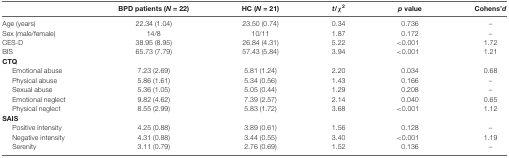
<table><thead><tr><td></td><td><b>BPD patients (<i>N</i> = 22)</b></td><td><b>HC (<i>N</i> = 21)</b></td><td><b><i>t/χ</i><sup>2</sup></b></td><td><b><i>p</i> value</b></td><td><b>Cohens’<i>d</i></b></td></tr></thead><tbody><tr><td>Age (years)</td><td>22.34 (1.04)</td><td>23.50 (0.74)</td><td>0.34</td><td>0.736</td><td>–</td></tr><tr><td>Sex (male/female)</td><td>14/8</td><td>10/11</td><td>1.87</td><td>0.172</td><td>–</td></tr><tr><td>CES-D</td><td>38.95 (8.95)</td><td>26.84 (4.31)</td><td>5.22</td><td>&lt;0.001</td><td>1.72</td></tr><tr><td>BIS</td><td>65.73 (7.79)</td><td>57.43 (5.84)</td><td>3.94</td><td>&lt;0.001</td><td>1.21</td></tr><tr><td><b>CTQ</b></td></tr><tr><td>Emotional abuse</td><td>7.23 (2.69)</td><td>5.81 (1.24)</td><td>2.20</td><td>0.034</td><td>0.68</td></tr><tr><td>Physical abuse</td><td>5.86 (1.61)</td><td>5.34 (0.56)</td><td>1.43</td><td>0.166</td><td>–</td></tr><tr><td>Sexual abuse</td><td>5.36 (1.05)</td><td>5.05 (0.44)</td><td>1.29</td><td>0.208</td><td>–</td></tr><tr><td>Emotional neglect</td><td>9.82 (4.62)</td><td>7.39 (2.57)</td><td>2.14</td><td>0.040</td><td>0.65</td></tr><tr><td>Physical neglect</td><td>8.55 (2.99)</td><td>5.83 (1.72)</td><td>3.68</td><td>&lt;0.001</td><td>1.12</td></tr><tr><td><b>SAIS</b></td></tr><tr><td>Positive intensity</td><td>4.25 (0.88)</td><td>3.89 (0.61)</td><td>1.56</td><td>0.128</td><td>–</td></tr><tr><td>Negative intensity</td><td>4.31 (0.88)</td><td>3.44 (0.55)</td><td>3.40</td><td>&lt;0.001</td><td>1.19</td></tr><tr><td>Serenity</td><td>3.11 (0.79)</td><td>2.76 (0.69)</td><td>1.52</td><td>0.136</td><td>–</td></tr></tbody></table>